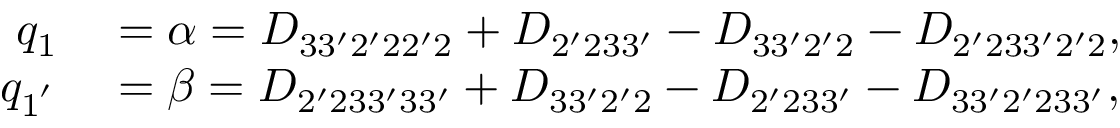
\begin{array} { r l } { q _ { 1 } } & { { } = \alpha = D _ { 3 3 ^ { \prime } 2 ^ { \prime } 2 2 ^ { \prime } 2 } + D _ { 2 ^ { \prime } 2 3 3 ^ { \prime } } - D _ { 3 3 ^ { \prime } 2 ^ { \prime } 2 } - D _ { 2 ^ { \prime } 2 3 3 ^ { \prime } 2 ^ { \prime } 2 } , } \\ { q _ { 1 ^ { ' } } } & { { } = \beta = D _ { 2 ^ { \prime } 2 3 3 ^ { \prime } 3 3 ^ { \prime } } + D _ { 3 3 ^ { \prime } 2 ^ { \prime } 2 } - D _ { 2 ^ { \prime } 2 3 3 ^ { \prime } } - D _ { 3 3 ^ { \prime } 2 ^ { \prime } 2 3 3 ^ { \prime } } , } \end{array}